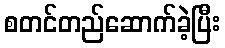
စတင်တည်ဆောက်ခဲ့ပြီး